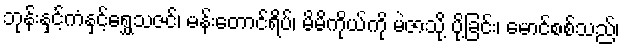
ဘုန်းနှင့်ကံနှင့်ရွှေသဇင်၊ မန်းတောင်ရိပ်၊ မိမိကိုယ်ကို မဲဇာသို့ ပို့ခြင်း၊ မောင်စစ်သည်၊